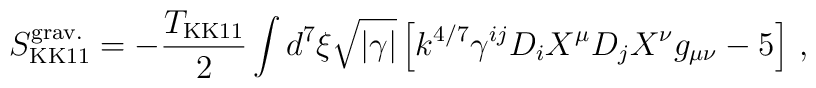
S^{\rm grav.}_{{\rm KK11}} = - {T_{{\rm KK11}}\over 2} \int d^{7}\xi  \sqrt{|\gamma|} \left[k^{4/7} \gamma^{ij}D_{i}X^{\mu} D_{j}X^{\nu}g_{\mu\nu}-5\right]\, ,